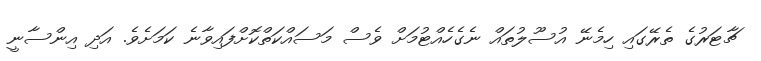
ޗާޓަރުގެ ތެރޭގައި ހިމެނޭ އުސޫލުތައް ނެގެހެއްޓުމަށް ވެސް މަސައްކަތްކޮށްފައިވާނެ ކަމަށެވެ. އަދި އިންސާނީ